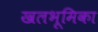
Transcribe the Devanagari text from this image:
खलभूमिका